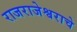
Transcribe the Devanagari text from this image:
राजराजेश्वराचे